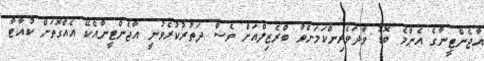
އާޖެންޓީނާގެ އެންމެ ބޮޑު ވާދަވެރިންކަމަށްވާ ބްރެޒިލްއަށް ވެސް ދަތުރުކުރެވުނީ އާޖެންޓީނާއެކޭ އެއްގޮތަށް ކުއާޓާ